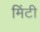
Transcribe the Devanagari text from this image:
मिंटी